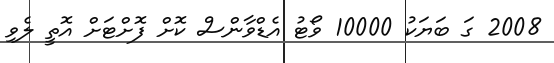
2008 ގަ ބަޔަކު 10000 ވޯޓު އެޑްވާންސް ކޮށް ފޮށްޓަށް އޮތީ ލެވި